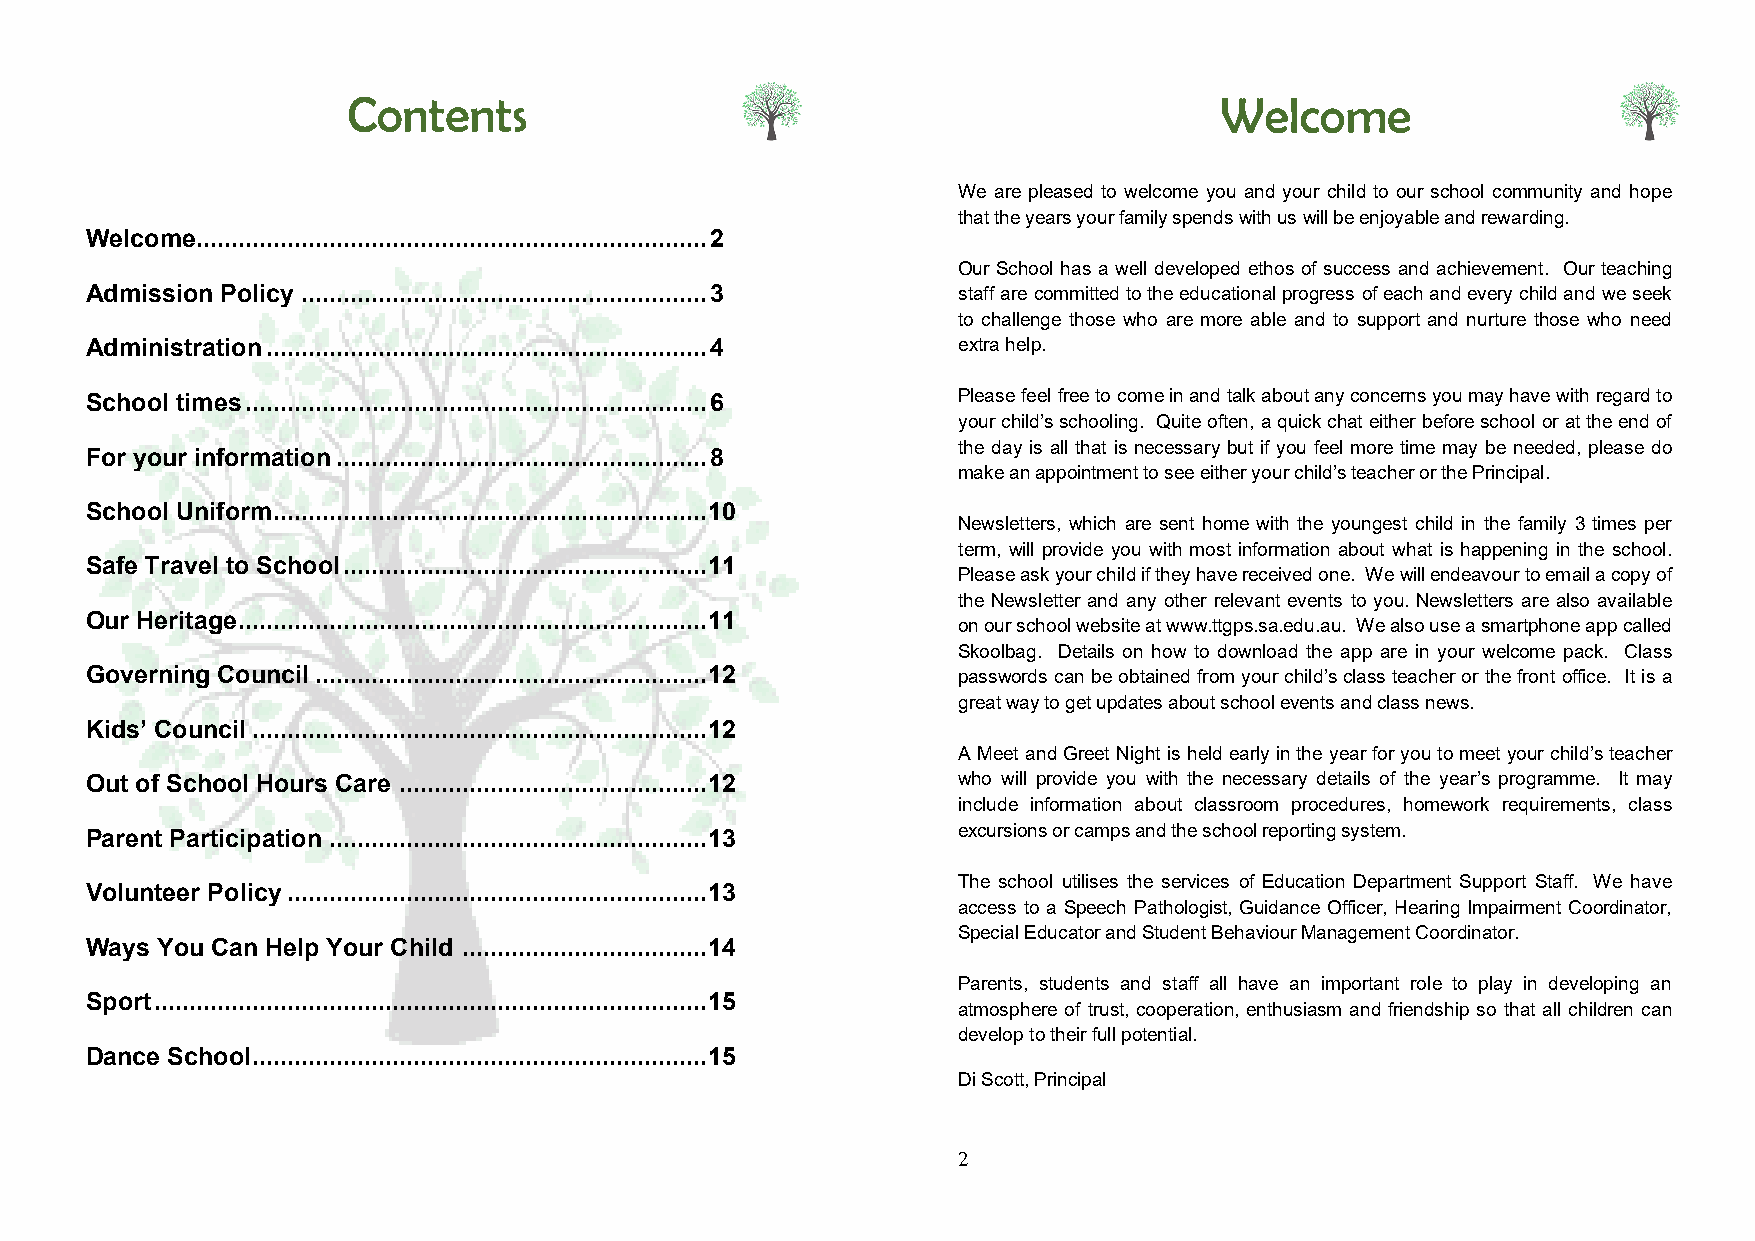
Contents                                                  Welcome
 We are pleased to welcome you and your child to our school community and hope
 that the years your family spends with us will be enjoyable and rewarding.
 Welcome ......................................................................... 2
 Our School has a well developed ethos of success and achievement. Our teaching
 Admission Policy .......................................................... 3 staff are committed to the educational progress of each and every child and we seek
 to challenge those who are more able and to support and nurture those who need
 Administration ............................................................... 4 extra help.
 School times .................................................................. 6 Please feel free to come in and talk about any concerns you may have with regard to
 your child’s schooling. Quite often, a quick chat either before school or at the end of
 the day is all that is necessary but if you feel more time may be needed, please do
 For your information ..................................................... 8
 make an appointment to see either your child’s teacher or the Principal.
 School Uniform .............................................................. 10
 Newsletters, which are sent home with the youngest child in the family 3 times per
 term, will provide you with most information about what is happening in the school.
 Safe Travel to School .................................................... 11
 Please ask your child if they have received one. We will endeavour to email a copy of
 the Newsletter and any other relevant events to you. Newsletters are also available
 Our Heritage ................................................................... 11
 on our school website at www.ttgps.sa.edu.au. We also use a smartphone app called
 Skoolbag. Details on how to download the app are in your welcome pack. Class
 Governing Council ........................................................ 12 passwords can be obtained from your child’s class teacher or the front office. It is a
 great way to get updates about school events and class news.
 Kids’ Council ................................................................. 12
 A Meet and Greet Night is held early in the year for you to meet your child’s teacher
 Out of School Hours Care ............................................ 12 who will provide you with the necessary details of the year’s programme. It may
 include information about classroom procedures, homework requirements, class
 Parent Participation ...................................................... 13 excursions or camps and the school reporting system.
 The school utilises the services of Education Department Support Staff. We have
 Volunteer Policy ............................................................ 13
 access to a Speech Pathologist, Guidance Officer, Hearing Impairment Coordinator,
 Special Educator and Student Behaviour Management Coordinator.
 Ways You Can Help Your Child ................................... 14
 Parents, students and staff all have an important role to play in developing an
 Sport ............................................................................... 15
 atmosphere of trust, cooperation, enthusiasm and friendship so that all children can
 develop to their full potential.
 Dance School ................................................................. 15
 Di Scott, Principal
 2